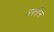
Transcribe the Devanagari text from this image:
अफ्सोस